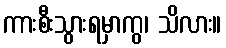
ကားစီးသွားရမှာကွ၊ သိလား။